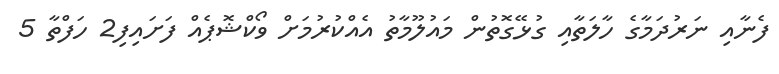
ފެނާއި ނަރުދަމާގެ ހާލަތާއި ގުޅޭގޮތުން މައުލޫމާތު އެއްކުރުމަށް ވޯކްޝޮޕެއް ފަށައިފި2 ހަފްތާ 5